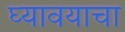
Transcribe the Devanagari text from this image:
घ्‍यावयाचा